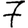
Digit: 7